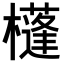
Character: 𣟀